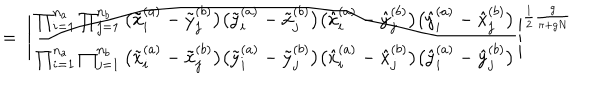
= \; \Bigg | \frac { \prod _ { i = 1 } ^ { n _ { a } } \prod _ { j = 1 } ^ { n _ { b } } \big ( \tilde { x } _ { i } ^ { ( a ) } - \tilde { y } _ { j } ^ { ( b ) } \big ) \big ( \tilde { y } _ { i } ^ { ( a ) } - \tilde { x } _ { j } ^ { ( b ) } \big ) \big ( \hat { x } _ { i } ^ { ( a ) } - \hat { y } _ { j } ^ { ( b ) } \big ) \big ( \hat { y } _ { i } ^ { ( a ) } - \hat { x } _ { j } ^ { ( b ) } \big ) } { \prod _ { i = 1 } ^ { n _ { a } } \prod _ { j = 1 } ^ { n _ { b } } \big ( \tilde { x } _ { i } ^ { ( a ) } - \tilde { x } _ { j } ^ { ( b ) } \big ) \big ( \tilde { y } _ { i } ^ { ( a ) } - \tilde { y } _ { j } ^ { ( b ) } \big ) \big ( \hat { x } _ { i } ^ { ( a ) } - \hat { x } _ { j } ^ { ( b ) } \big ) \big ( \hat { y } _ { i } ^ { ( a ) } - \hat { y } _ { j } ^ { ( b ) } \big ) } \Bigg | ^ { \frac { 1 } { 2 } \frac { g } { \pi + g N } }